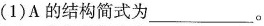
(1)A的结构简式为___。